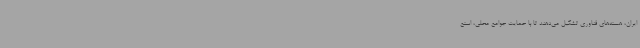
ایران، هسته‌های فناوری تشکیل می‌دهند تا با حمایت جوامع محلی، استع